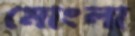
মোংলা